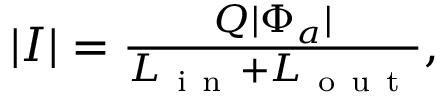
\begin{array} { r } { | I | = \frac { Q | \Phi _ { a } | } { L _ { \mathrm { ~ i ~ n ~ } } + L _ { \mathrm { ~ o ~ u ~ t ~ } } } , } \end{array}